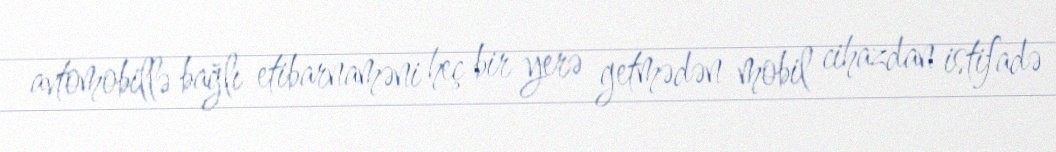
avtomobillə bağlı etibarnaməni heç bir yerə getmədən mobil cihazdan istifadə